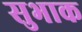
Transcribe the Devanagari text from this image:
सुभाक